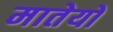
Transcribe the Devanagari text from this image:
मातेयो